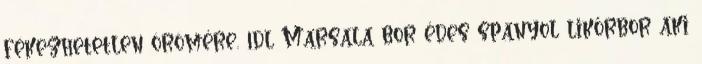
fékezhetetlen örömére. 1dl Marsala bor édes spanyol likőrbor aki